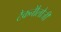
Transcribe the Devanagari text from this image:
टैकनौेलौजी